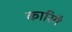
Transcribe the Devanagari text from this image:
कारिगै